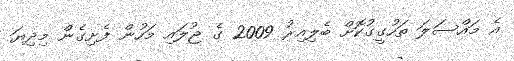
އެ މައްސަލަ ތަހުގީގުކޮށް ބެލިއިރު 2009 ގެ ޖުލައި މަހުން ފެށިގެން މިދިޔަ